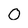
Character: O